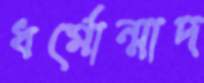
ধর্মোন্মাদ